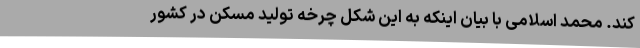
کند. محمد اسلامی با بیان اینکه به این شکل چرخه تولید مسکن در کشور